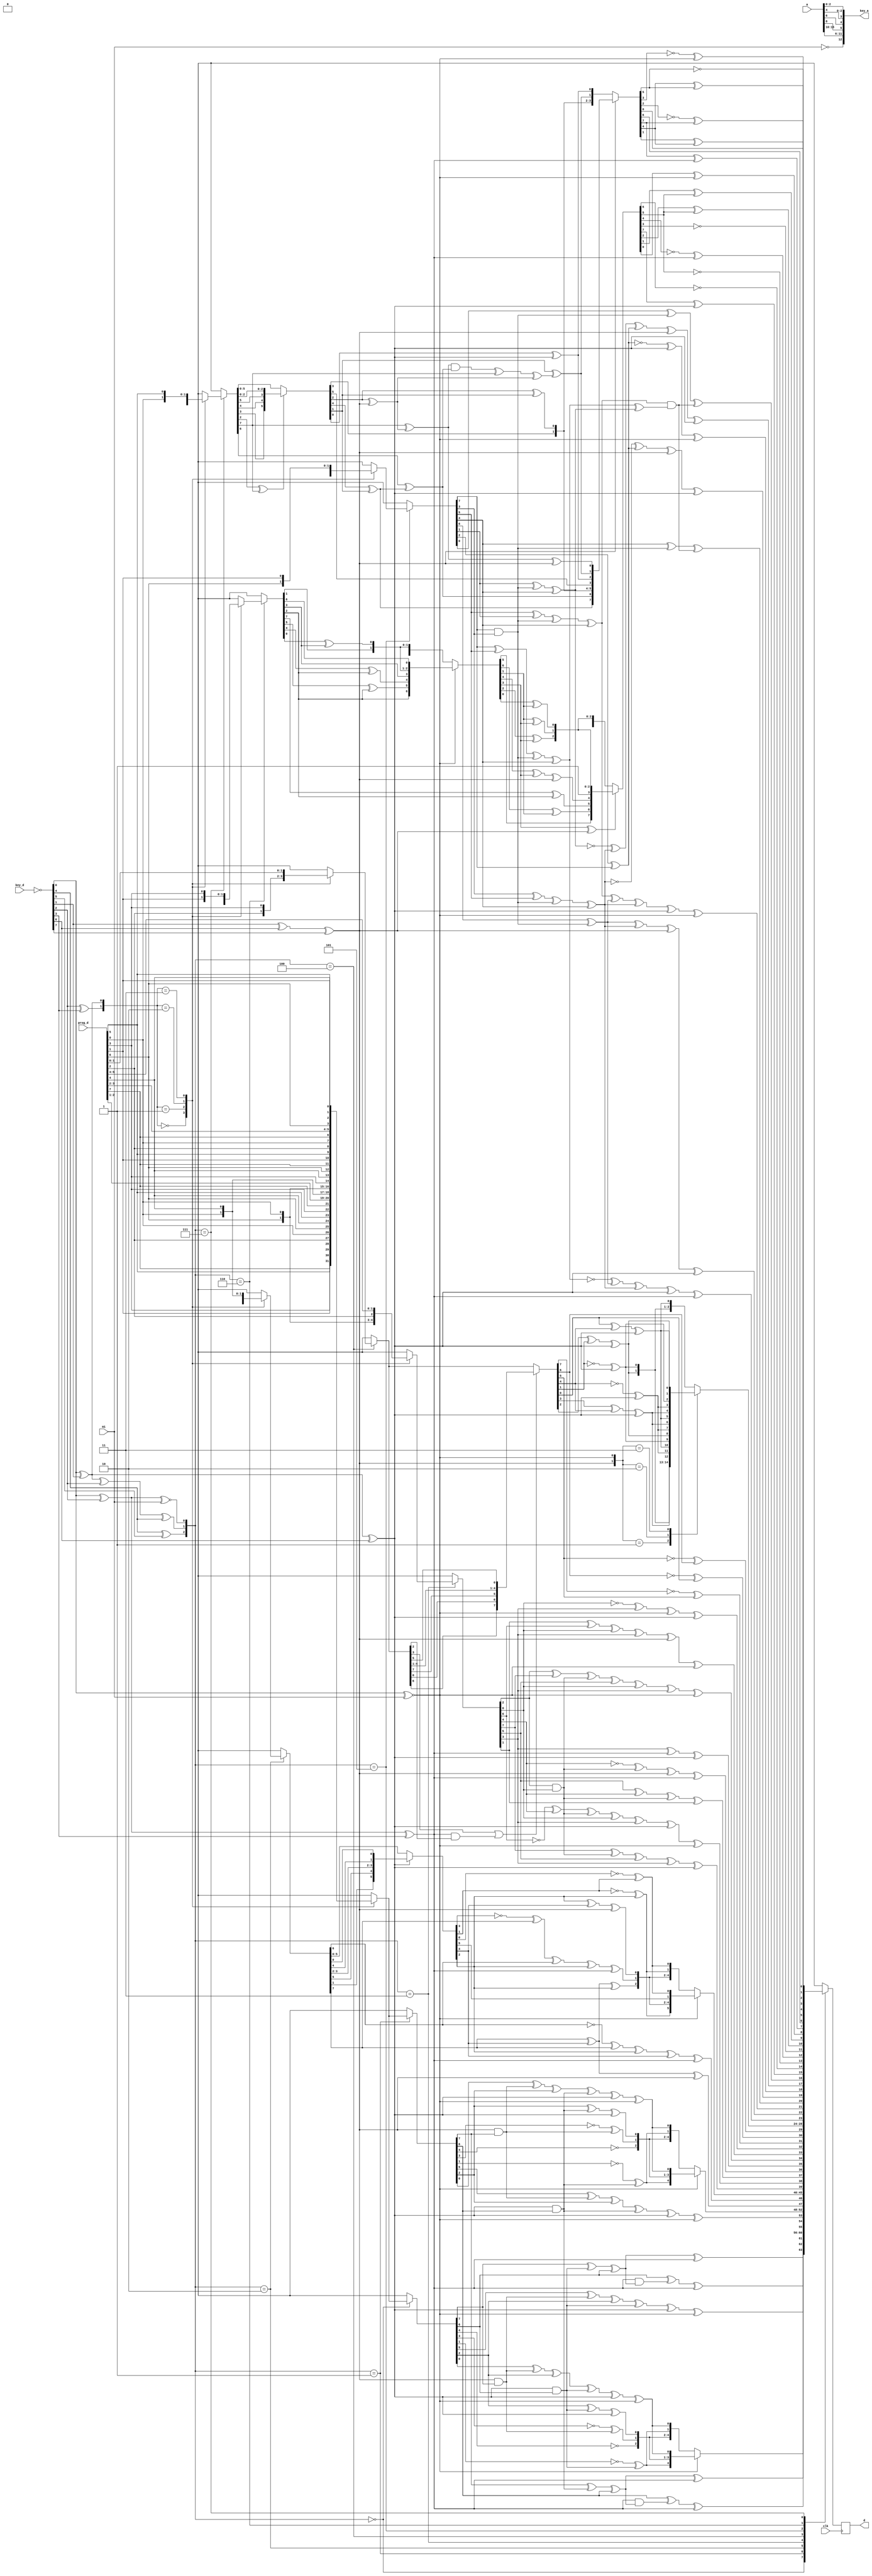
// This program was cloned from: https://github.com/MiSTeX-devel/MiSTeX-ports
// License: BSD 3-Clause "New" or "Revised" License

// Copyright 2021 by blackwine
// decryption algorithm based on MAME sources

module MC8123_rom_decrypt
(
	input             clk,

	// connect to CPU
	input             m1,
	input      [15:0] a,
	output reg  [7:0] d,

	// connect to program ROM
	input       [7:0] prog_d,

	// connect to cpu decryption key ROM
	output     [12:0] key_a,
	input       [7:0] key_d
);

assign key_a = {~m1,a[15:10],a[8],a[6],a[4],a[2:0]};

wire [7:0] key = ~key_d;

wire [2:0] decrypt_type = {key[4]^key[5],
		           key[0]^key[1]^key[2]^key[4],
	                   key[0]^key[2]^~m1};

wire [1:0] swap = {key[2]^key[3],
	           key[0]^key[1]};

wire [3:0] param = {key[1]^key[6]^key[7],
	            key[0]^key[1]^key[6],
	            key[0]^key[2]^key[3],
		    key[0]^~m1};

always @(posedge clk) begin
	case (decrypt_type)
		0: d <= decrypt_type_0 (prog_d, param, swap);
		1: d <= decrypt_type_0 (prog_d, param, swap);
		2: d <= decrypt_type_1a(prog_d, param, swap);
		3: d <= decrypt_type_1b(prog_d, param, swap);
		4: d <= decrypt_type_2a(prog_d, param, swap);
		5: d <= decrypt_type_2b(prog_d, param, swap);
		6: d <= decrypt_type_3a(prog_d, param, swap);
		7: d <= decrypt_type_3b(prog_d, param, swap);
	endcase
end

`define bitswap8(a,b,c,d,e,f,g,h) {v[a],v[b],v[c],v[d],v[e],v[f],v[g],v[h]}

reg [7:0] v;
reg s;
reg t;

function [7:0] decrypt_type_0;
	input [7:0] value;
	input [3:0] p; // param
	input [1:0] swap;
begin
	v = value;
	case (swap)
		0: v = `bitswap8(7,5,3,1,2,0,6,4);
		1: v = `bitswap8(5,3,7,2,1,0,4,6);
		2: v = `bitswap8(0,3,4,6,7,1,5,2);
		3: v = `bitswap8(0,7,3,2,6,4,1,5);
	endcase

	s = p[3] & v[7];
	t = p[2] & v[6];

	v = {
		 v[7] ^ t ^ v[6] ^ p[1],
		 v[6] ^ (p[1] & (v[7] ^ t ^ v[6])) ^ p[1],
		 v[5] ^ s ^ v[2] ^ t ^ p[2] ^ p[0],
		~v[4],
		~v[3] ^ s,
		 v[2] ^ t ^ p[2],
	        ~v[1] ^ t,
		 v[0] ^ s ^ v[2] ^ t ^ p[2] ^ p[0]
	};

	decrypt_type_0 = p[0] ? `bitswap8(7,6,5,1,4,3,2,0) : v;
end
endfunction

// decrypt type 1a

function [7:0] decrypt_type_1a;
	input [7:0] value;
	input [3:0] p; // param
	input [1:0] swap;
begin
	v = value;
	case (swap)
		0: v = `bitswap8(4,2,6,5,3,7,1,0);
		1: v = `bitswap8(6,0,5,4,3,2,1,7);
		2: v = `bitswap8(2,3,6,1,4,0,7,5);
		3: v = `bitswap8(6,5,1,3,2,7,0,4);
	endcase

	v = p[2] ? `bitswap8(7,6,1,5,3,2,4,0) : v;

	v = {
		 v[7] ^ v[4] ^ p[3],
		~v[6] ^ v[7] ^ v[2] ^ v[4] ^ p[1],
		 v[5],
		 v[4] ^ v[7] ^ v[2],
		~v[3] ^ v[7] ^ v[6] ^ v[2] ^ p[1],
		 v[2] ^ v[4] ^ p[3],
	        ~v[1] ^ v[2],
		~v[0] ^ v[1]
	};

	decrypt_type_1a = p[0] ? `bitswap8(7,6,1,4,3,2,5,0) : v;
end
endfunction

// decrypt type 1b

function [7:0] decrypt_type_1b;
	input [7:0] value;
	input [3:0] p; // param
	input [1:0] swap;
begin
	v = value;
	case (swap)
		0: v = `bitswap8(1,0,3,2,5,6,4,7);
		1: v = `bitswap8(2,0,5,1,7,4,6,3);
		2: v = `bitswap8(6,4,7,2,0,5,1,3);
		3: v = `bitswap8(7,1,3,6,0,2,5,4);
	endcase

	s = v[2] & v[0];
	v = {
		 v[7] ^ s ^ v[5] ^ v[3] ^ p[2],
		~v[6] ^ v[4] ^ s ^ v[0] ^ v[3] ^ p[2] ^ p[0],
		 v[5] ^ v[4] ^ s ^ v[1],
		~v[4] ^ s ^ p[3] ^ p[1],
		 v[3] ^ p[1] ^ p[2],
		 v[2] ^ v[7] ^ s ^ v[5] ^ v[0] ^ v[3] ^ p[0],
	         v[1] ^ v[6] ^ v[0] ^ v[3] ^ p[3] ^ p[0],
		~v[0] ^ v[3] ^ p[0] ^ p[2]
	};

	decrypt_type_1b = v;
end
endfunction

// decrypt type 2a

function [7:0] decrypt_type_2a;
	input [7:0] value;
	input [3:0] p; // param
	input [1:0] swap;
begin
	v = value;
	case (swap)
		0: v = `bitswap8(0,1,4,3,5,6,2,7);
		1: v = `bitswap8(6,3,0,5,7,4,1,2);
		2: v = `bitswap8(1,6,4,5,0,3,7,2);
		3: v = `bitswap8(4,6,7,5,2,3,1,0);
	endcase

	v = (v[3] || (p[1] & v[2])) ? `bitswap8(6,0,7,4,3,2,1,5) : v;
	v = {
		~v[7] ^ v[5],
		~v[6] ^ v[0],
		~v[5] ^ v[6],
		~v[4] ^ p[2],
		 v[3] ^ v[4] ^ p[2],
		 v[2] ^ v[1] ^ p[2],
	        ~v[1] ^ p[2],
		 v[0] ^ v[4] ^ p[2]
	};

	case({p[3],p[0]})
		1: v = `bitswap8(7,6,5,2,1,3,4,0);
		2: v = `bitswap8(7,6,5,1,2,4,3,0);
		3: v = `bitswap8(7,6,5,3,4,1,2,0);
		default:;
	endcase

	decrypt_type_2a = v;
end
endfunction

// decrypt type 2b

function [7:0] decrypt_type_2b;
	input [7:0] value;
	input [3:0] p; // param
	input [1:0] swap;
begin
	v = value;
	case (swap)
		0: v = `bitswap8(1,3,4,6,5,7,0,2);
		1: v = `bitswap8(0,1,5,4,7,3,2,6);
		2: v = `bitswap8(3,5,4,1,6,2,0,7);
		3: v = `bitswap8(5,2,3,0,4,7,6,1);
	endcase

	s = v[7] & v[3];
	v = {
		v[7] ^ v[5] ^ s ^ v[4],
		v[6] ^ s,
		v[5] ^ v[1] ^ s ^ v[4],
		v[4] ^ s,
		v[3] ^ v[5] ^ s ^ v[4],
		v[2] ^ v[7],
	        v[1] ^ s ^ v[4],
		v[0] ^ s
	};

	s = v[5] & (v[7] ^ v[1]);
	v = {
		~v[7] ^ v[6] ^ v[3] ^ p[2] ^ p[1],
		 v[6] ^ v[3] ^ p[3] ^ p[2],
		 v[5] ^ v[6] ^ v[3] ^ p[2] ^ p[0],
		 v[4] ^ s,
		~v[3] ^ v[2] ^ p[3] ^ p[2],
		~v[2] ^ p[2] ^ p[0],
	        ~v[1] ^ v[3] ^ v[2] ^ p[3] ^ p[2],
		 v[0] ^ s
	};
	decrypt_type_2b = v;
end
endfunction

// decrypt type 3a

function [7:0] decrypt_type_3a;
	input [7:0] value;
	input [3:0] p; // param
	input [1:0] swap;
begin
	v = value;
	case (swap)
		0: v = `bitswap8(5,3,1,7,0,2,6,4);
		1: v = `bitswap8(3,1,2,5,4,7,0,6);
		2: v = `bitswap8(5,6,1,2,7,0,4,3);
		3: v = `bitswap8(5,6,7,0,4,2,1,3);
	endcase

	v = {
		v[7] ^ v[2],
		v[6],
		v[5] ^ v[2],
		v[4] ^ v[2],
		v[3],
		v[2],
	        v[1],
		v[0] ^ v[3]
	};

	v = p[0] ? `bitswap8(7,2,5,4,3,1,0,6) : v;

	v = {
		v[7],
		v[6] ^ v[1],
		v[5],
		v[4] ^ v[3] ^ p[3],
		v[3] ^ p[3],
		v[2] ^ v[3],
	        v[1] ^ v[3],
		v[0] ^ v[1]
	};

	v = v[3] ? `bitswap8(5,6,7,4,3,2,1,0) : v;

	v = {
		 v[7] ^ p[2],
		~v[6],
		~v[5],
		~v[4] ^ p[1],
		~v[3],
		 v[2] ^ v[5],
	         v[1] ^ v[5],
		 v[0] ^ p[0]
	};
	decrypt_type_3a = v;
end
endfunction


// decrypt type 3b

function [7:0] decrypt_type_3b;
	input [7:0] value;
	input [3:0] p; // param
	input [1:0] swap;
begin
	v = value;
	case (swap)
		0: v = `bitswap8(3,7,5,4,0,6,2,1);
		1: v = `bitswap8(7,5,4,6,1,2,0,3);
		2: v = `bitswap8(7,4,3,0,5,1,6,2);
		3: v = `bitswap8(2,6,4,1,3,7,0,5);
	endcase

	v = (v[2] ^ v[7]) ? `bitswap8(7,6,3,4,5,2,1,0) : v;

	s = v[2] ^ p[3];
	t = v[4] ^ v[1];
	v = {
		v[7] ^ s ^ p[3],
		v[6] ^ t,
		v[5],
		v[4] ^ v[1],
		v[3],
		v[2] ^ v[1],
	        v[1] ^ ((v[7] ^ s) & (v[6] ^ t) ^ v[7] ^ s),
		v[0] ^ p[2]
	};

	v = p[3] ? `bitswap8(4,6,3,2,5,0,1,7) : v;
	v = {
		 v[7] ^ p[1],
		 v[6],
		~v[5],
		 v[4] ^ v[5],
		~v[3] ^ p[0],
		~v[2] ^ v[7],
	         v[1] ^ v[4],
		 v[0]
	};

	decrypt_type_3b = v;
end
endfunction

endmodule